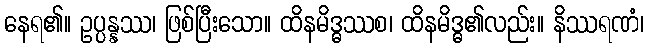
နေရ၏။ ဥပ္ပန္နဿ၊ ဖြစ်ပြီးသော။ ထိနမိဒ္ဓဿစ၊ ထိနမိဒ္ဓ၏လည်း။ နိဿရဏံ၊